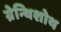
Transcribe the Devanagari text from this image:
ग्रेन्थिशोथ